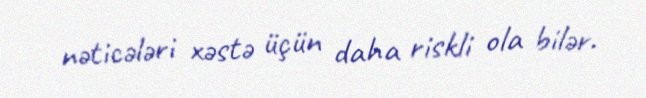
nəticələri xəstə üçün daha riskli ola bilər.